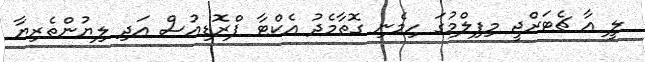
ލީ އާ ޗެޓަރްޖީ މިފިލްމުގަ ހިމެނި ގޮތާމެދު އެކްޓާ ޕްރޮޑިއުސް އަދި ލިޔުންތެރިޔާ